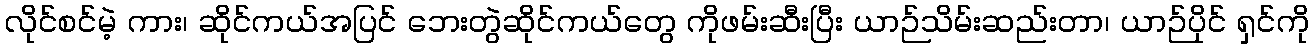
လိုင်စင်မဲ့ ကား၊ ဆိုင်ကယ်အပြင် ဘေးတွဲဆိုင်ကယ်တွေ ကိုဖမ်းဆီးပြီး ယာဉ်သိမ်းဆည်းတာ၊ ယာဉ်ပိုင် ရှင်ကို